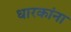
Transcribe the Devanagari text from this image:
धारकांना